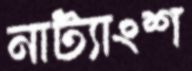
নাট্যাংশ